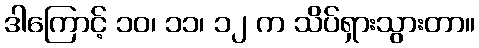
ဒါကြောင့် ၁၀၊ ၁၁၊ ၁၂ က သိပ်ရှားသွားတာ။